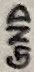
Text: GND